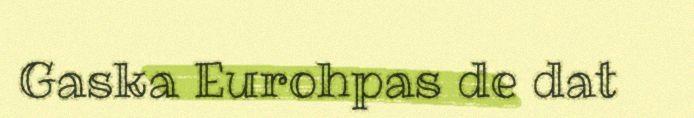
Gaska Eurohpas de dat